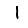
Digit: 1